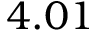
4 . 0 1